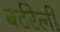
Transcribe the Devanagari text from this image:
बर्टरेली